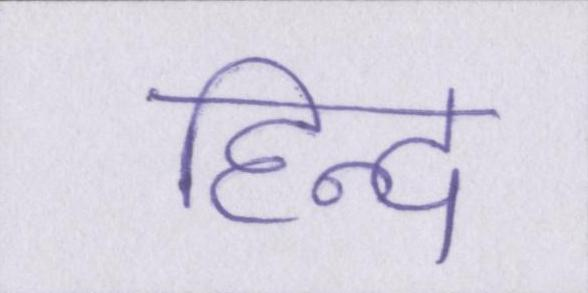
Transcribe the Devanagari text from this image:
हिन्द